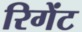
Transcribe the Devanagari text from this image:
रिगेंट